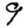
Digit: 9